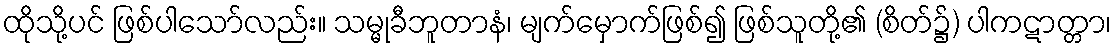
ထိုသို့ပင် ဖြစ်ပါသော်လည်း။ သမ္မုခီဘူတာနံ၊ မျက်မှောက်ဖြစ်၍ ဖြစ်သူတို့၏ (စိတ်၌) ပါကဋာတ္တာ၊